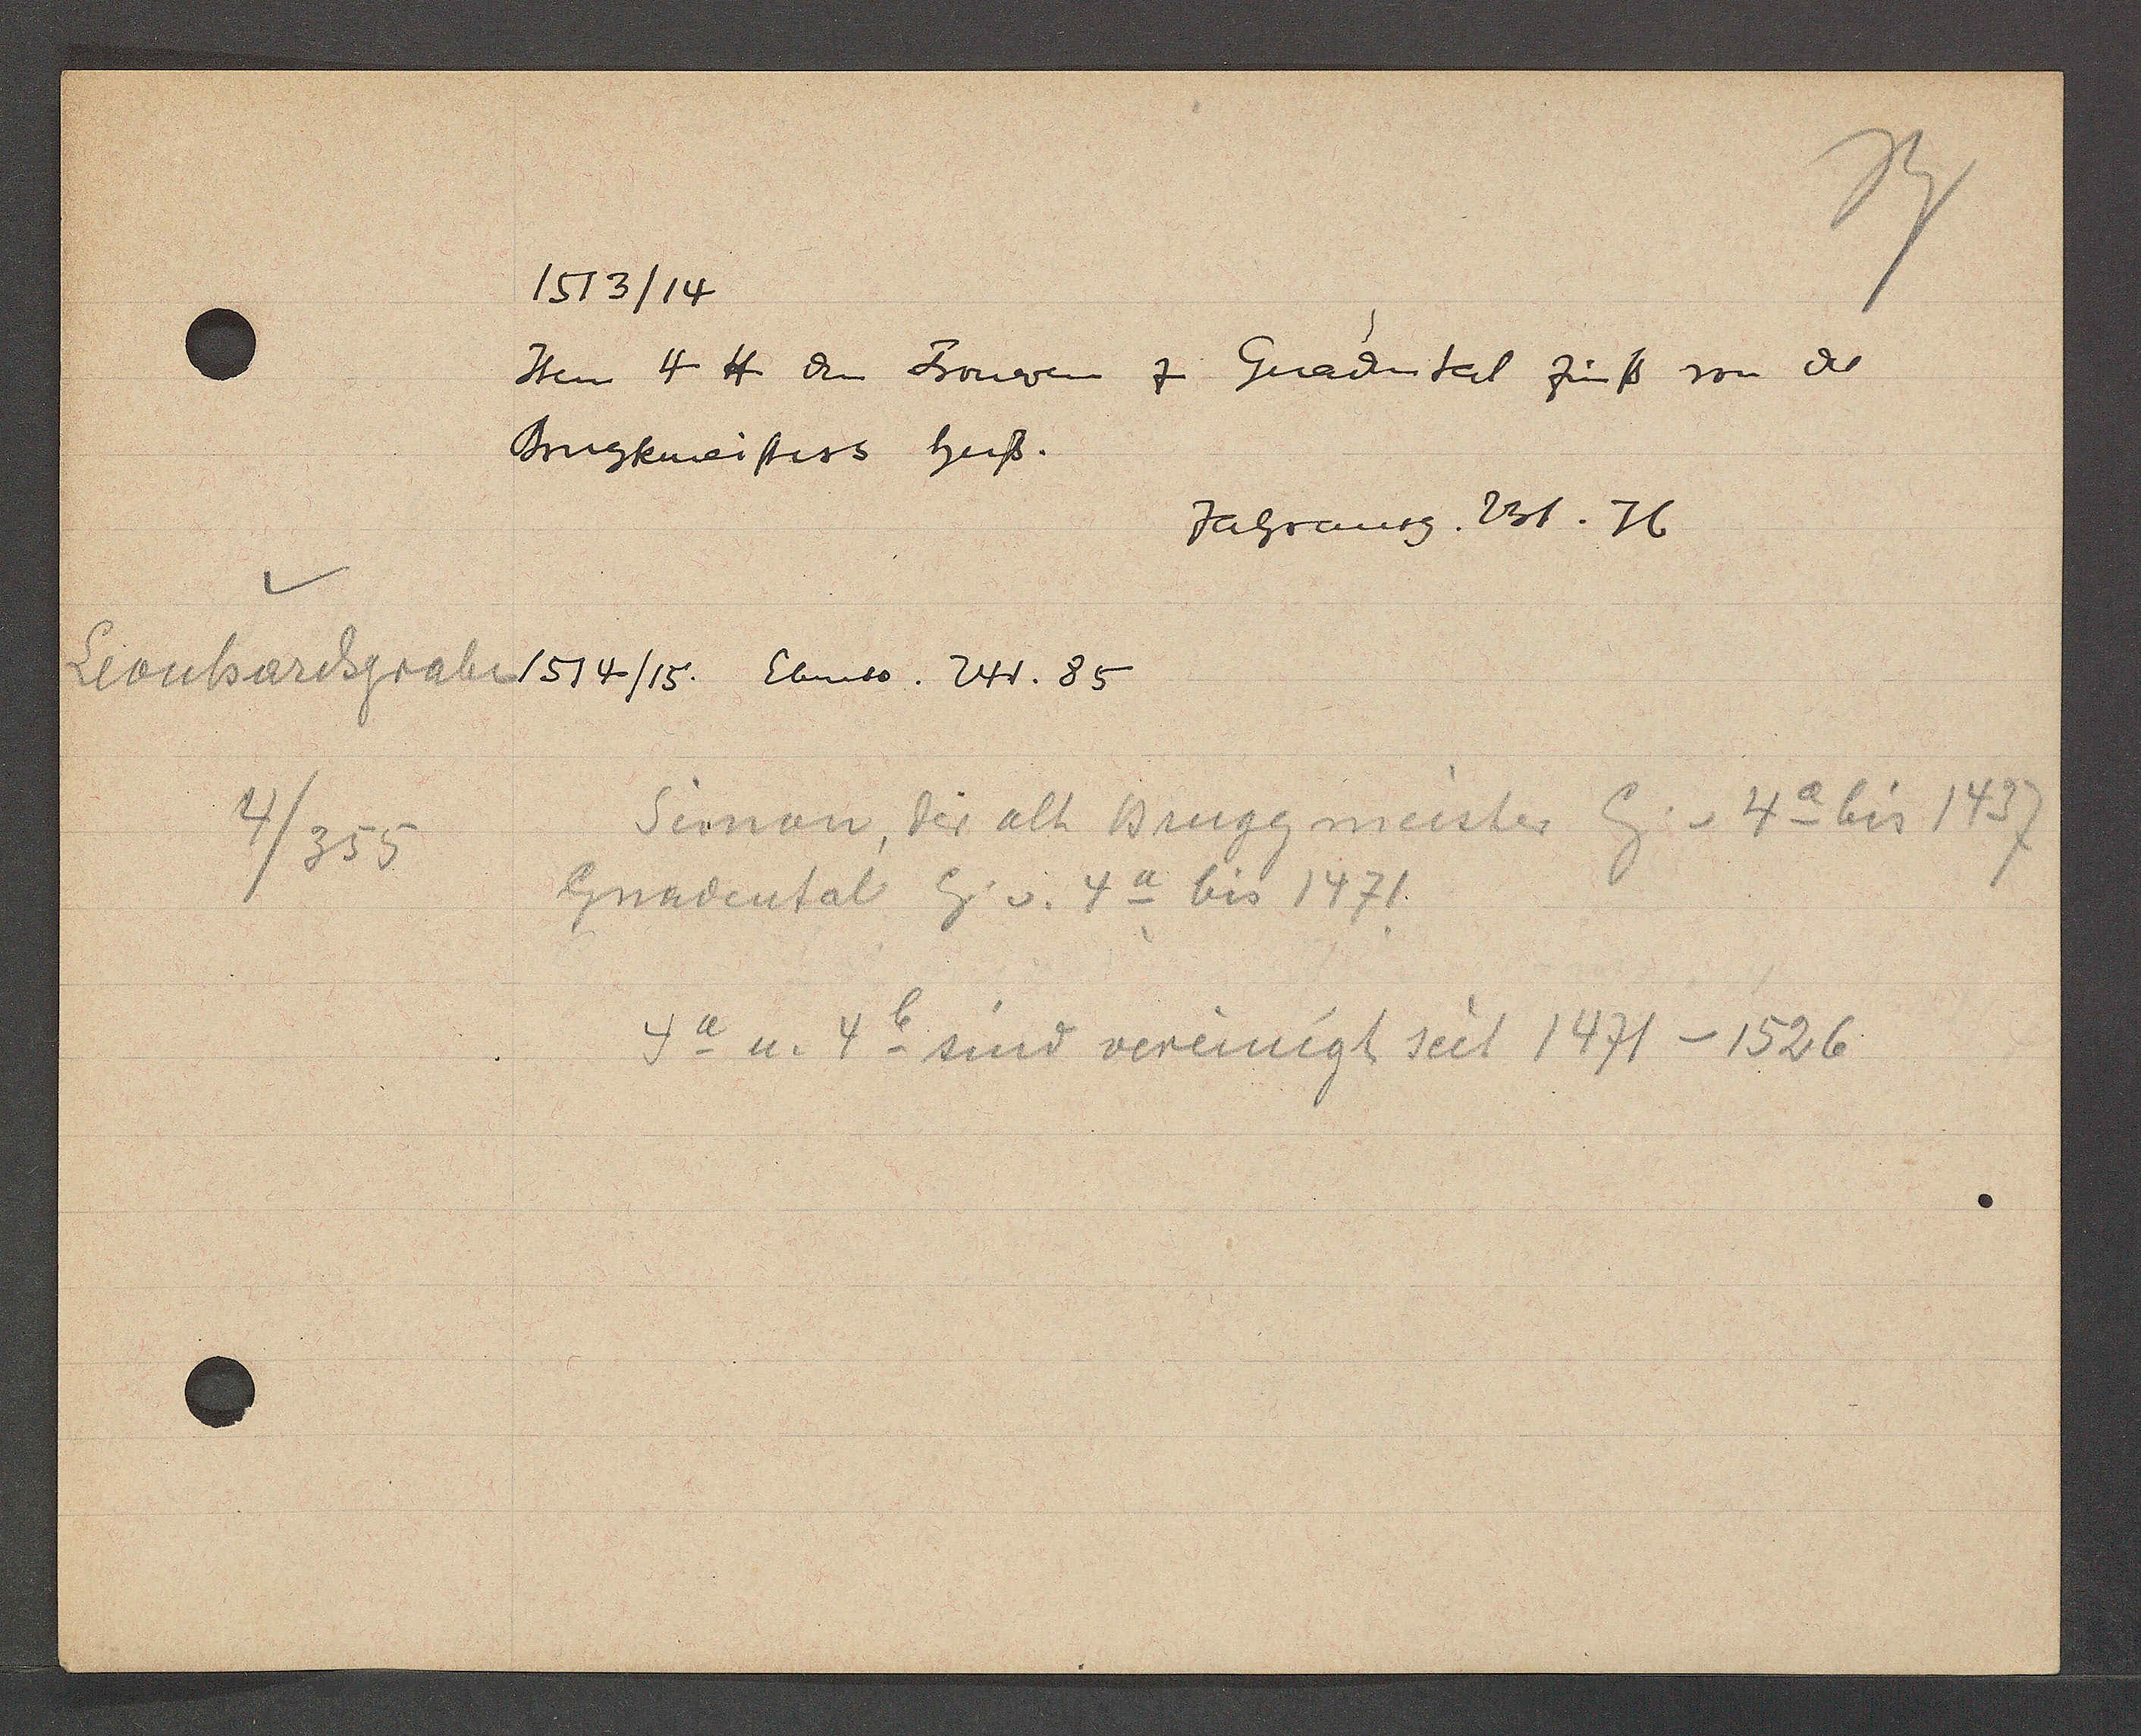
Transcript:
Leonhardsgraben
4/355

1513/14

Item 4 ℔ den Frouwen z Gnadental zinß von der
Brugkmeisters huß.

Jahranrgr. 231. 76

1514/15. Ebenso. 241. 85

Simon, der alt Buggmeister Eig. v. 4a bis 1437
Gnadental Eig v. 4a bis 1471
4a u. 4b sind vereinigt seit 1471 – 1526